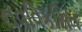
નવવિકસિત